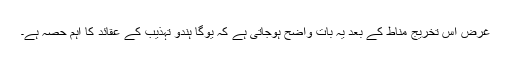
غرض اس تخریج مناط کے بعد یہ بات واضح ہوجاتی ہے کہ یوگا ہندو تہذیب کے عقائد کا اہم حصہ ہے۔